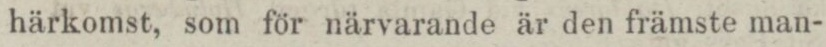
härkomst, som för närvarande är den främste man-